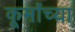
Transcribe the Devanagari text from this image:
कूर्मांच्या